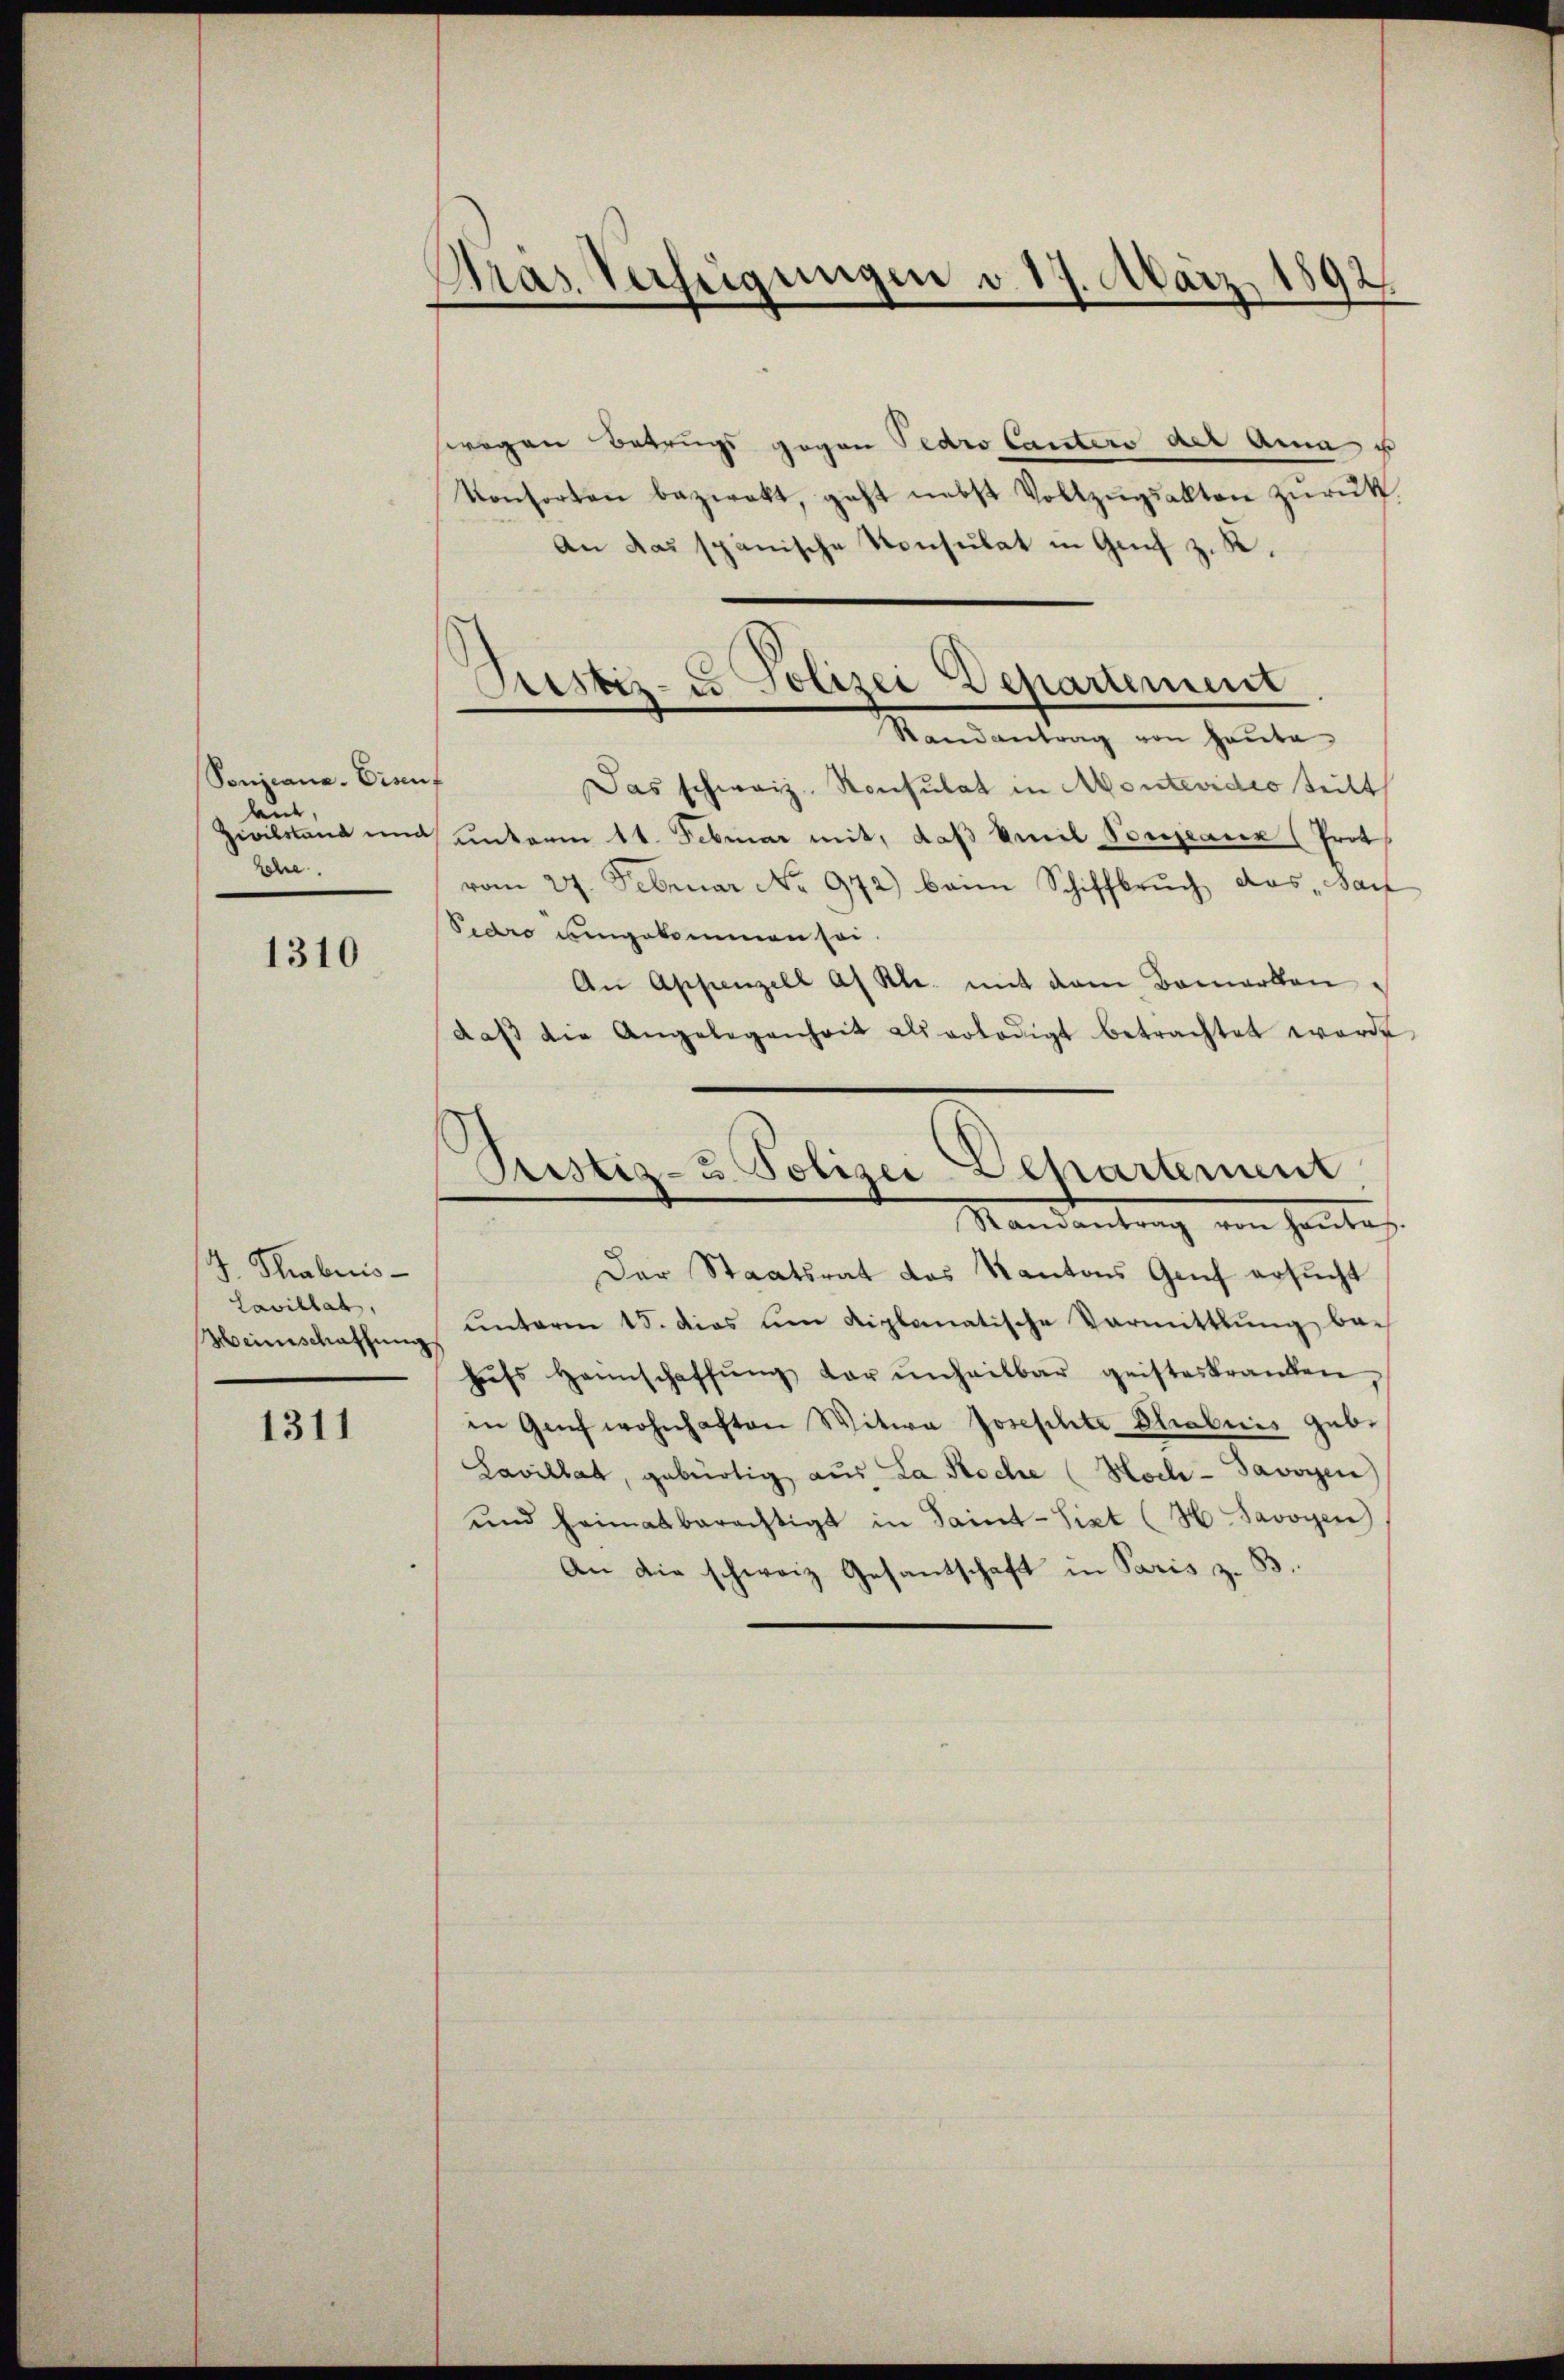
Sonziane. Dienf
aur,
Lohre

1310

J. Phabuis-
Lavillat,
Weinschaffung

1311

Gras Verfügungen d. 17. März 1892.

wegen Betrugs gegen Pedro Canters der Anna u
Konsorten bezweckt, geht nebst Vollzŭgsakten zŭrük.
An das spanische Konsulat in Genf z. K.
Das schweiz. Konsulat in Montevideo teilt
Zivilstand und unterm 11. Februar mit, daß Emil Vorgane (Prot
vom 27. Februar No. 972) beim Schiffbruch das „Sac
Pedro umgekommen sei.
An Appenzell af Kl. mit dem Bemerken
daβ die Angelegenheit als erledigt betrachtet werde.
Pustiz- & Polizei Departement.
Mandentrag von Hintes
Der Staatsrat das Kantons Genf ersucht
unterm 15. das um diplomatische Vormittlung be-
hŭfs Heimschaffŭng dar unheilbar geisteskranken,
in Genf wohnhaften Witwe Josephte Chabuis geb.
Lavillat, gebürtig aus La Roche (Hoch- Savoyen
und heimatberechtigt in Saint-Sixt (H Savoyen
An die schweiz Gesantschaft in Paris z. B.

Justiz- u Polizei Departement
Randantrag von heute